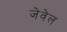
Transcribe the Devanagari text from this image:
जेवेल